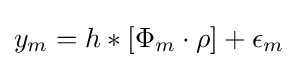
y_{m}=h*\left[\Phi _{m}\cdot \rho \right]+\epsilon _{m}